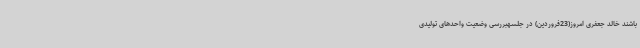
باشند خالد جعفری امروز(23فروردین) در جلسهبررسی وضعیت واحدهای تولیدی